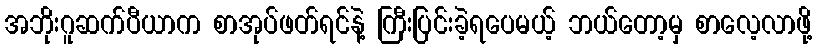
အဘိုးဂူဆက်ပီယာက စာအုပ်ဖတ်ရင်နဲ့ ကြီးပြင်းခဲ့ရပေမယ့် ဘယ်တော့မှ စာလေ့လာဖို့